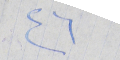
٤٦